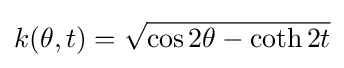
k(\theta ,t)={\sqrt {\cos 2\theta -\operatorname {coth} 2t}}